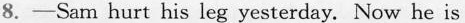
8.-Sam hurt his leg yesterday. Now he is